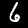
Digit: 6